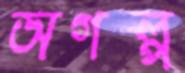
অগল্প